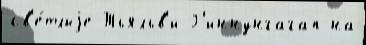
св'е́тлыjе Тьяльв'и Г'иннунгагап на